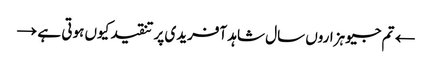
← تم جیو ہزاروں سال	شاہد آفریدی پر تنقید کیوں ہوتی ہے →